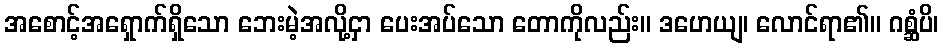
အစောင့်အရှောက်ရှိသော ဘေးမဲ့အလို့ငှာ ပေးအပ်သော တောကိုလည်း။ ဒဟေယျ၊ လောင်ရာ၏။ ဂစ္ဆံပိ၊